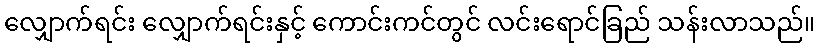
လျှောက်ရင်း လျှောက်ရင်းနှင့် ကောင်းကင်တွင် လင်းရောင်ခြည် သန်းလာသည်။